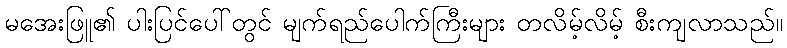
မအေးဖြူ၏ ပါးပြင်ပေါ်တွင် မျက်ရည်ပေါက်ကြီးများ တလိမ့်လိမ့် စီးကျလာသည်။